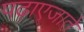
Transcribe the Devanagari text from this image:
पढ़ाएजाते